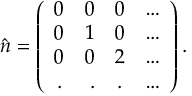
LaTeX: \hat { n } = \left( \begin{array} { c r c l } { { 0 } } & { { 0 } } & { { 0 } } & { { \ldots } } \\ { { 0 } } & { { 1 } } & { { 0 } } & { { \ldots } } \\ { { 0 } } & { { 0 } } & { { 2 } } & { { \ldots } } \\ { { . } } & { { . } } & { { . } } & { { \ldots } } \end{array} \right) .